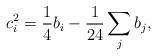
LaTeX: \begin{align*}c_i^2 = \frac{1}{4} b_i - \frac{1}{24} \sum_j b_j,\end{align*}